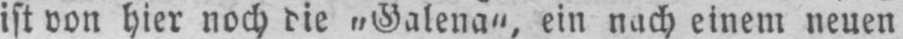
ist von hier noch die „Galena“, ein nach einem neuen